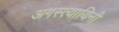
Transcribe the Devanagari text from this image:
अगस्त्यायिनी